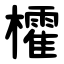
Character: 㰌